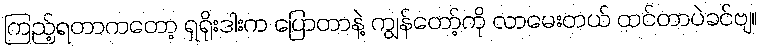
ကြည့်ရတာကတော့ ရှရိုးဒါးက ပြောတာနဲ့ ကျွန်တော့်ကို လာမေးတယ် ထင်တာပဲခင်ဗျ။